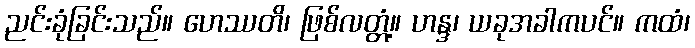
ညင်းခုံခြင်းသည်။ ဟေဿတိ၊ ဖြစ်လတ္တံ့။ ဟန္ဒ၊ ယခုအခါကပင်။ ကထံ၊